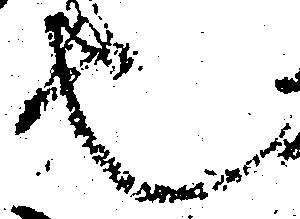
也